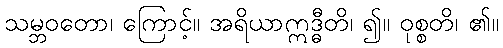
သမ္ဘဝတော၊ ကြောင့်။ အရိယာဣဒ္ဓီတိ၊ ၍။ ဝုစ္စတိ၊ ၏။